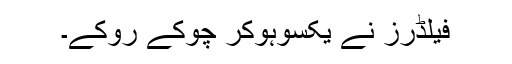
فیلڈرز نے یکسوہوکر چوکے روکے۔